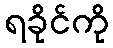
ရခိုင်ကို